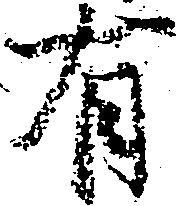
有